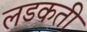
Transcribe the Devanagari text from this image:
लडकती